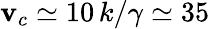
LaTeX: \mathbf{v}_{c}\simeq10\, k/\gamma\simeq35